Indian journal of veterinary science and animal husbandry - Volumes 22-23, 1952-1953
Year: 1952
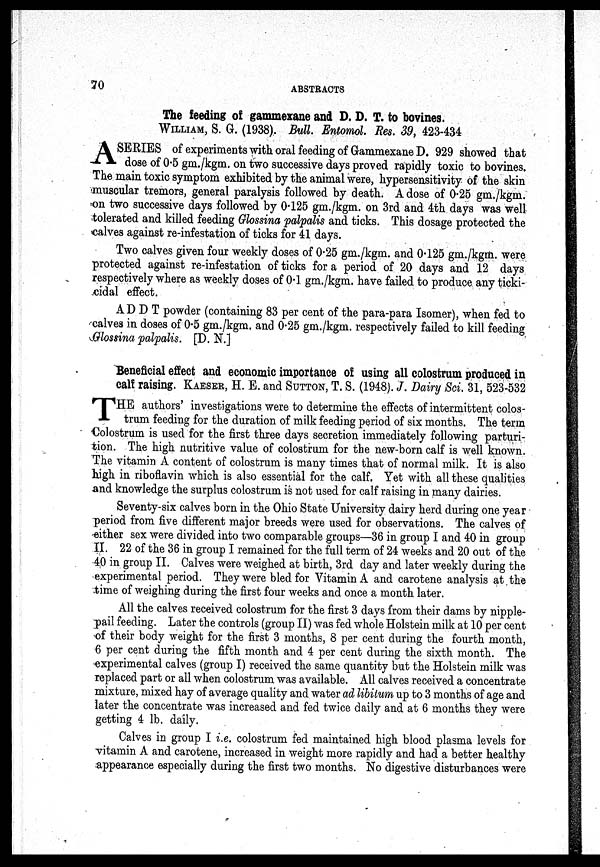
70
ABSTRACTS
The feeding of gammexane and D. D. T. to bovines.
WILLIAM, S. G. (1938). Bull. Entomol. Res. 39, 423-434
A SERIES of experiments with oral feeding of Gammexane D. 929 showed that
dose of 0.5 gm./kgm. on two successive days proved rapidly toxic to bovines.
The main toxic symptom exhibited by the animal were, hypersensitivity of the skin
muscular tremors, general paralysis followed by death. A dose of 0.25 gm./kgm.
on two successive days followed by 0.125 gm./kgm. on 3rd and 4th days was well
tolerated and killed feeding Glossina palpalis and ticks. This dosage protected the
calves against re-infestation of ticks for 41 days.
Two calves given four weekly doses of 0.25 gm./kgm. and 0.125 gm./kgm. were
protected against re-infestation of ticks for a period of 20 days and 12 days
respectively where as weekly doses of 0.1 gm./kgm. have failed to produce any ticki-
cidal effect.
A D D T powder (containing 83 per cent of the para-para Isomer), when fed to
calves in doses of 0.5 gm./kgm. and 0.25 gm./kgm. respectively failed to kill feeding
Glossina palpalis. [D. N.]
Beneficial effect and economic importance of using all colostrum produced in
calf raising. KAESER, H. E. and SUTTON, T. S. (1948). J. Dairy Sci. 31, 523-532
T HE authors' investigations were to determine the effects of intermittent colos-
trum feeding for the duration of milk feeding period of six months. The term
Colostrum is used for the first three days secretion immediately following parturi-
tion. The high nutritive value of colostrum for the new-born calf is well known.
The vitamin A content of colostrum is many times that of normal milk. It is also
high in riboflavin which is also essential for the calf. Yet with all these qualities
and knowledge the surplus colostrum is not used for calf raising in many dairies.
Seventy-six calves born in the Ohio State University dairy herd during one year
period from five different major breeds were used for observations. The calves of
either sex were divided into two comparable groups—36 in group I and 40 in group
II. 22 of the 36 in group I remained for the full term of 24 weeks and 20 out of the
40 in group II. Calves were weighed at birth, 3rd day and later weekly during the
experimental period. They were bled for Vitamin A and carotene analysis at the
time of weighing during the first four weeks and once a month later.
All the calves received colostrum for the first 3 days from their dams by nipple-
pail feeding. Later the controls (group II) was fed whole Holstein milk at 10 per cent
of their body weight for the first 3 months, 8 per cent during the fourth month,
6 per cent during the fifth month and 4 per cent during the sixth month. The
experimental calves (group I) received the same quantity but the Holstein milk was
replaced part or all when colostrum was available. All calves received a concentrate
mixture, mixed hay of average quality and water ad libitum up to 3 months of age and
later the concentrate was increased and fed twice daily and at 6 months they were
getting 4 lb. daily.
Calves in group I i.e. colostrum fed maintained high blood plasma levels for
vitamin A and carotene, increased in weight more rapidly and had a better healthy
appearance especially during the first two months. No digestive disturbances were